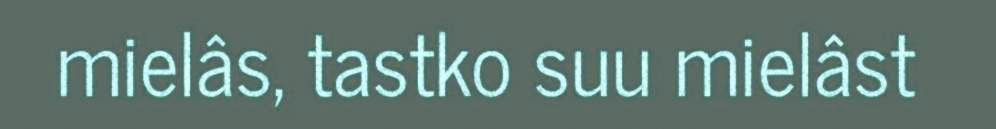
mielâs, tastko suu mielâst